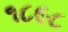
૧૮૯૮